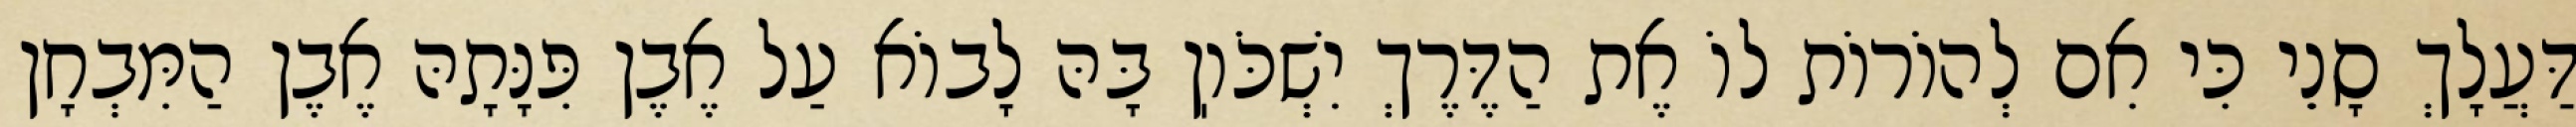
דַּעֲלָךְ סָנֵי כִּי אִם לְהוֹרוֹת לוֹ אֶת הַדֶּרֶךְ יִשְׁכֹּוֽן בָּהּ לָבוֹא עַל אֶבֶן פִּנָּתָהּ אֶבֶן הַמִּבְחָן